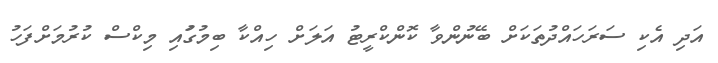
އަދި އެކި ސަރަހައްދުތަކަށް ބޭނުންވާ ކޮންކްރީޓު އަލަށް ހިއްކާ ބިމުގުައި މިކްސް ކުރުމަށްފަހު